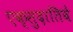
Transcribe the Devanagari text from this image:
एक्सुदातिवे